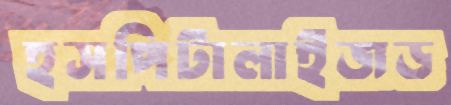
হসপিটালাইজড